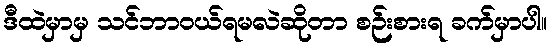
ဒီထဲမှာမှ သင်ဘာဝယ်ရမလဲဆိုတာ စဉ်းစားရ ခက်မှာပါ။